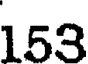
153